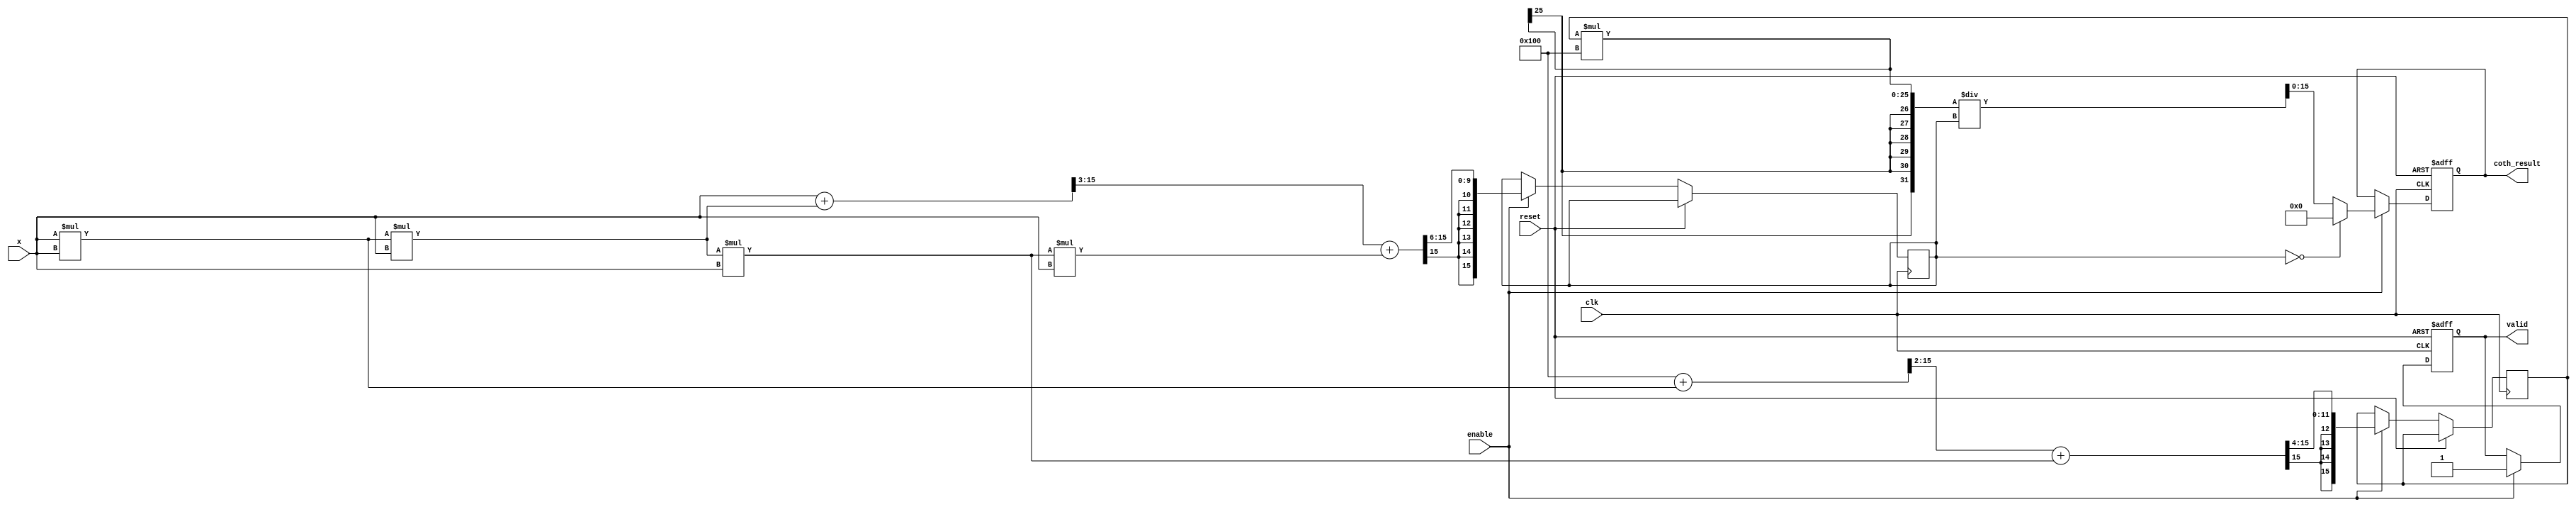
module hyperbolic_cotangent #(
    parameter WIDTH = 16, // Bit width for fixed-point representation
    parameter FRAC_WIDTH = 8 // Fractional bits for fixed-point representation
)(
    input wire clk,
    input wire reset,
    input wire enable,
    input wire signed [WIDTH-1:0] x, // Input angle in fixed-point
    output reg signed [WIDTH-1:0] coth_result, // Output result
    output reg valid // Signal to indicate valid output
);

    // Intermediate signals for sinh and cosh
    reg signed [WIDTH-1:0] sinh_x, cosh_x;
    
    // Function to compute sinh using Taylor series
    function signed [WIDTH-1:0] sinh;
        input signed [WIDTH-1:0] x;
        begin
            // Taylor series expansion for sinh(x) = x + x^3/3! + x^5/5! + ...
            sinh = x; // First term
            sinh = sinh + (x * x * x) >>> 3; // Second term (x^3 / 3!)
            sinh = sinh + (x * x * x * x * x) >>> 6; // Third term (x^5 / 5!)
            // Add more terms if higher precision is required
        end
    endfunction

    // Function to compute cosh using Taylor series
    function signed [WIDTH-1:0] cosh;
        input signed [WIDTH-1:0] x;
        begin
            // Taylor series expansion for cosh(x) = 1 + x^2/2! + x^4/4! + ...
            cosh = (1 << FRAC_WIDTH); // First term
            cosh = cosh + (x * x) >>> 2; // Second term (x^2 / 2!)
            cosh = cosh + (x * x * x * x) >>> 4; // Third term (x^4 / 4!)
            // Add more terms if higher precision is required
        end
    endfunction

    // Division function
    function signed [WIDTH-1:0] divide;
        input signed [WIDTH-1:0] numerator;
        input signed [WIDTH-1:0] denominator;
        begin
            if (denominator == 0) begin
                divide = 0; // Handle division by zero (return 0 or some error value)
            end else begin
                divide = (numerator * (1 << FRAC_WIDTH)) / denominator; // Fixed-point division
            end
        end
    endfunction

    // Main computation
    always @(posedge clk or posedge reset) begin
        if (reset) begin
            coth_result <= 0;
            valid <= 0;
        end else if (enable) begin
            sinh_x <= sinh(x);
            cosh_x <= cosh(x);
            coth_result <= divide(cosh_x, sinh_x); // Compute coth(x)
            valid <= 1; // Indicate valid output
        end
    end

endmodule